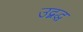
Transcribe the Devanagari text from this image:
उद्बद्ध